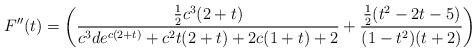
LaTeX: \begin{align*}F''(t) = \left(\frac{\frac{1}{2}c^{3}(2+t)}{c^{3}de^{c(2+t)}+c^{2}t(2+t)+2c(1+t)+2} +\frac{\frac{1}{2}(t^{2}-2t-5)}{(1-t^{2})(t+2)}\right)\end{align*}